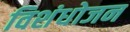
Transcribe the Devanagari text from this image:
विशंधोजन